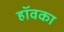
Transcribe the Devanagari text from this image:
हॉवका